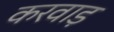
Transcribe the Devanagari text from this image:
करवाड़